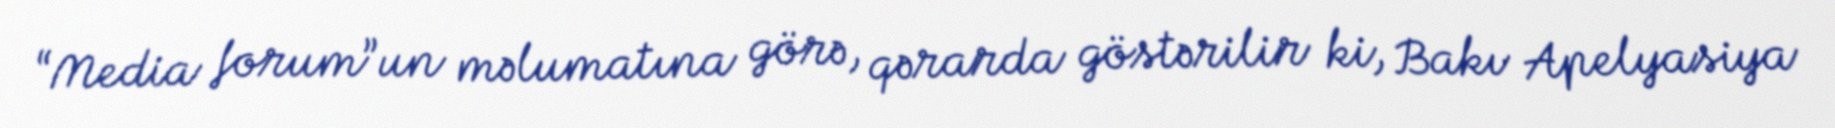
“Media forum”un məlumatına görə, qərarda göstərilir ki, Bakı Apelyasiya